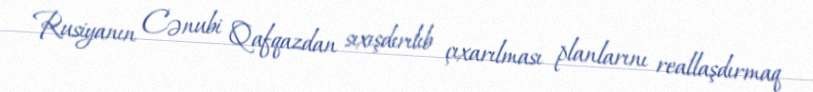
Rusiyanın Cənubi Qafqazdan sıxışdırılıb çıxarılması planlarını reallaşdırmaq